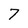
Character: 7